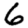
Digit: 6